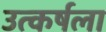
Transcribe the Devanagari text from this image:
उत्कर्षला